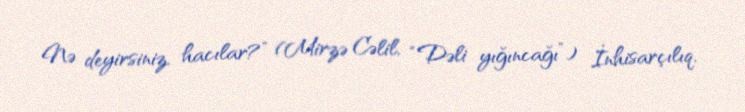
Nə deyirsiniz, hacılar?” (Mirzə Cəlil, “Dəli yığıncağı”) İnhisarçılıq,